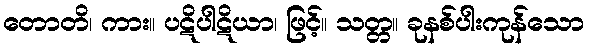
တောတိ၊ ကား။ ပဋိပါဋိယာ၊ ဖြင့်။ သတ္တ။ ခုနစ်ပါးကုန်သော